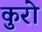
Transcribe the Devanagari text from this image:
कुरो